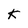
Character: K